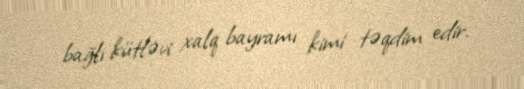
bağlı kütləvi xalq bayramı kimi təqdim edir.